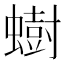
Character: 𫋚